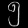
Digit: ၅